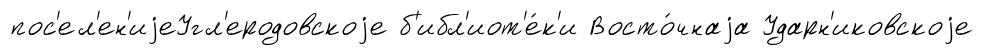
пос'ел'ен'иjеУгл'еродовскоjе б'ибл'иот'е́к'и Восто́чнаjа Ударн'иковскоjе